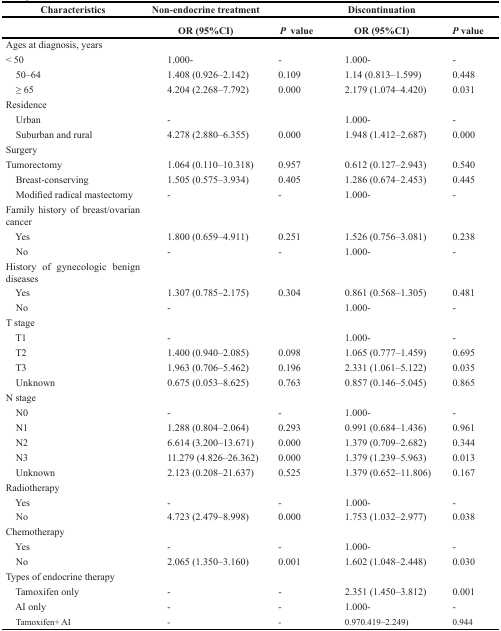
<table><thead><tr><td><b>Characteristics</b></td><td><b>Non-endocrine treatment</b></td><td></td><td><b>Discontinuation</b></td><td></td></tr><tr><td></td><td><b>OR (95%CI)</b></td><td><b><i>P</i> value</b></td><td><b>OR (95%CI)</b></td><td><b><i>P</i> value</b></td></tr></thead><tbody><tr><td>Ages at diagnosis, years</td><td></td><td></td><td></td><td></td></tr><tr><td> &lt; 50</td><td>1.000-</td><td>-</td><td>1.000-</td><td>-</td></tr><tr><td> 50–64</td><td>1.408 (0.926–2.142)</td><td>0.109</td><td>1.14 (0.813–1.599)</td><td>0.448</td></tr><tr><td> ≥ 65</td><td>4.204 (2.268–7.792)</td><td>0.000</td><td>2.179 (1.074–4.420)</td><td>0.031</td></tr><tr><td>Residence</td><td></td><td></td><td></td><td></td></tr><tr><td> Urban</td><td>-</td><td></td><td>1.000-</td><td>-</td></tr><tr><td> Suburban and rural</td><td>4.278 (2.880–6.355)</td><td>0.000</td><td>1.948 (1.412–2.687)</td><td>0.000</td></tr><tr><td>Surgery</td><td></td><td></td><td></td><td></td></tr><tr><td> Tumorectomy</td><td>1.064 (0.110–10.318)</td><td>0.957</td><td>0.612 (0.127–2.943)</td><td>0.540</td></tr><tr><td> Breast-conserving</td><td>1.505 (0.575–3.934)</td><td>0.405</td><td>1.286 (0.674–2.453)</td><td>0.445</td></tr><tr><td> Modified radical mastectomy</td><td>-</td><td>-</td><td>1.000-</td><td>-</td></tr><tr><td>Family history of breast/ovarian cancer</td><td></td><td></td><td></td><td></td></tr><tr><td> Yes</td><td>1.800 (0.659–4.911)</td><td>0.251</td><td>1.526 (0.756–3.081)</td><td>0.238</td></tr><tr><td> No</td><td>-</td><td>-</td><td>1.000-</td><td>-</td></tr><tr><td>History of gynecologic benign diseases</td><td></td><td></td><td></td><td></td></tr><tr><td> Yes</td><td>1.307 (0.785–2.175)</td><td>0.304</td><td>0.861 (0.568–1.305)</td><td>0.481</td></tr><tr><td> No</td><td>-</td><td></td><td>1.000-</td><td>-</td></tr><tr><td>T stage</td><td></td><td></td><td></td><td></td></tr><tr><td> T1</td><td>-</td><td></td><td>1.000-</td><td>-</td></tr><tr><td> T2</td><td>1.400 (0.940–2.085)</td><td>0.098</td><td>1.065 (0.777–1.459)</td><td>0.695</td></tr><tr><td> T3</td><td>1.963 (0.706–5.462)</td><td>0.196</td><td>2.331 (1.061–5.122)</td><td>0.035</td></tr><tr><td> Unknown</td><td>0.675 (0.053–8.625)</td><td>0.763</td><td>0.857 (0.146–5.045)</td><td>0.865</td></tr><tr><td>N stage</td><td></td><td></td><td></td><td></td></tr><tr><td> N0</td><td>-</td><td>-</td><td>1.000-</td><td>-</td></tr><tr><td> N1</td><td>1.288 (0.804–2.064)</td><td>0.293</td><td>0.991 (0.684–1.436)</td><td>0.961</td></tr><tr><td> N2</td><td>6.614 (3.200–13.671)</td><td>0.000</td><td>1.379 (0.709–2.682)</td><td>0.344</td></tr><tr><td> N3</td><td>11.279 (4.826–26.362)</td><td>0.000</td><td>1.379 (1.239–5.963)</td><td>0.013</td></tr><tr><td> Unknown</td><td>2.123 (0.208–21.637)</td><td>0.525</td><td>1.379 (0.652–11.806)</td><td>0.167</td></tr><tr><td>Radiotherapy</td><td></td><td></td><td></td><td></td></tr><tr><td> Yes</td><td>-</td><td>-</td><td>1.000-</td><td>-</td></tr><tr><td> No</td><td>4.723 (2.479–8.998)</td><td>0.000</td><td>1.753 (1.032–2.977)</td><td>0.038</td></tr><tr><td>Chemotherapy</td><td></td><td></td><td></td><td></td></tr><tr><td> Yes</td><td>-</td><td>-</td><td>1.000-</td><td>-</td></tr><tr><td> No</td><td>2.065 (1.350–3.160)</td><td>0.001</td><td>1.602 (1.048–2.448)</td><td>0.030</td></tr><tr><td>Types of endocrine therapy</td><td></td><td></td><td></td><td></td></tr><tr><td> Tamoxifen only</td><td>-</td><td>-</td><td>2.351 (1.450–3.812)</td><td>0.001</td></tr><tr><td> AI only</td><td>-</td><td>-</td><td>1.000-</td><td>-</td></tr><tr><td> Tamoxifen+ AI</td><td>-</td><td>-</td><td>0.970.419–2.249)</td><td>0.944</td></tr></tbody></table>